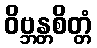
ဝိဗ္ဘန္တစိတ္တံ